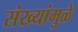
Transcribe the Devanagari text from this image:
संख्यांमुळे